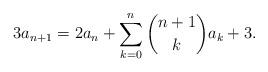
LaTeX: \begin{align*}3a_{n+1} = 2a_n + \sum_{k=0}^n {n+1 \choose k} a_k + 3.\end{align*}